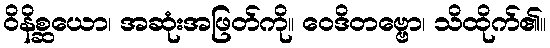
ဝိနိစ္ဆယော၊ အဆုံးအဖြတ်ကို။ ဝေဒိတဗ္ဗော၊ သိထိုက်၏။